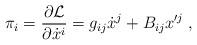
LaTeX: \begin{align*}\pi_{i}= \frac{\partial\mathcal{L}}{\partial \dot{x}^{i}} = g_{ij}\dot{x}^{j} + B_{ij}x'^{j}\;, \end{align*}